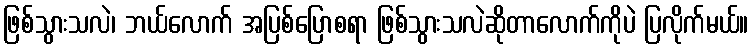
ဖြစ်သွားသလဲ၊ ဘယ်လောက် အပြစ်ပြောစရာ ဖြစ်သွားသလဲဆိုတာလောက်ကိုပဲ ပြလိုက်မယ်။